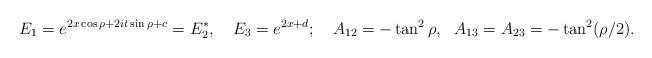
LaTeX: \begin{align*}E_1=e^{2x\cos\rho+2it\sin\rho+c}=E_2^*, \quad E_3=e^{2x+d};\quad A_{12}=-\tan^2\rho,\ \ A_{13}=A_{23}=-\tan^2(\rho/2).\end{align*}